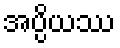
အပ္ပိယဿ